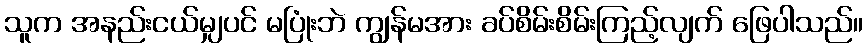
သူက အနည်းငယ်မျှပင် မပြုံးဘဲ ကျွန်မအား ခပ်စိမ်းစိမ်းကြည့်လျက် ဖြေပါသည်။